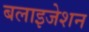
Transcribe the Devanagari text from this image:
बलाइजेशन